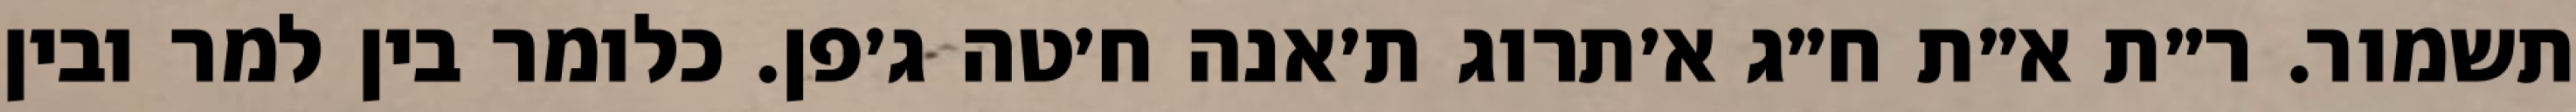
תשמור. ר״ת א״ת ח״ג א׳תרוג ת׳אנה ח׳טה ג׳פן. כלומר בין למר ובין